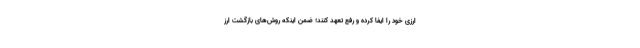
ارزی خود را ایفا کرده و رفع تعهد کنند؛ ضمن اینکه روش‌های بازگشت ارز